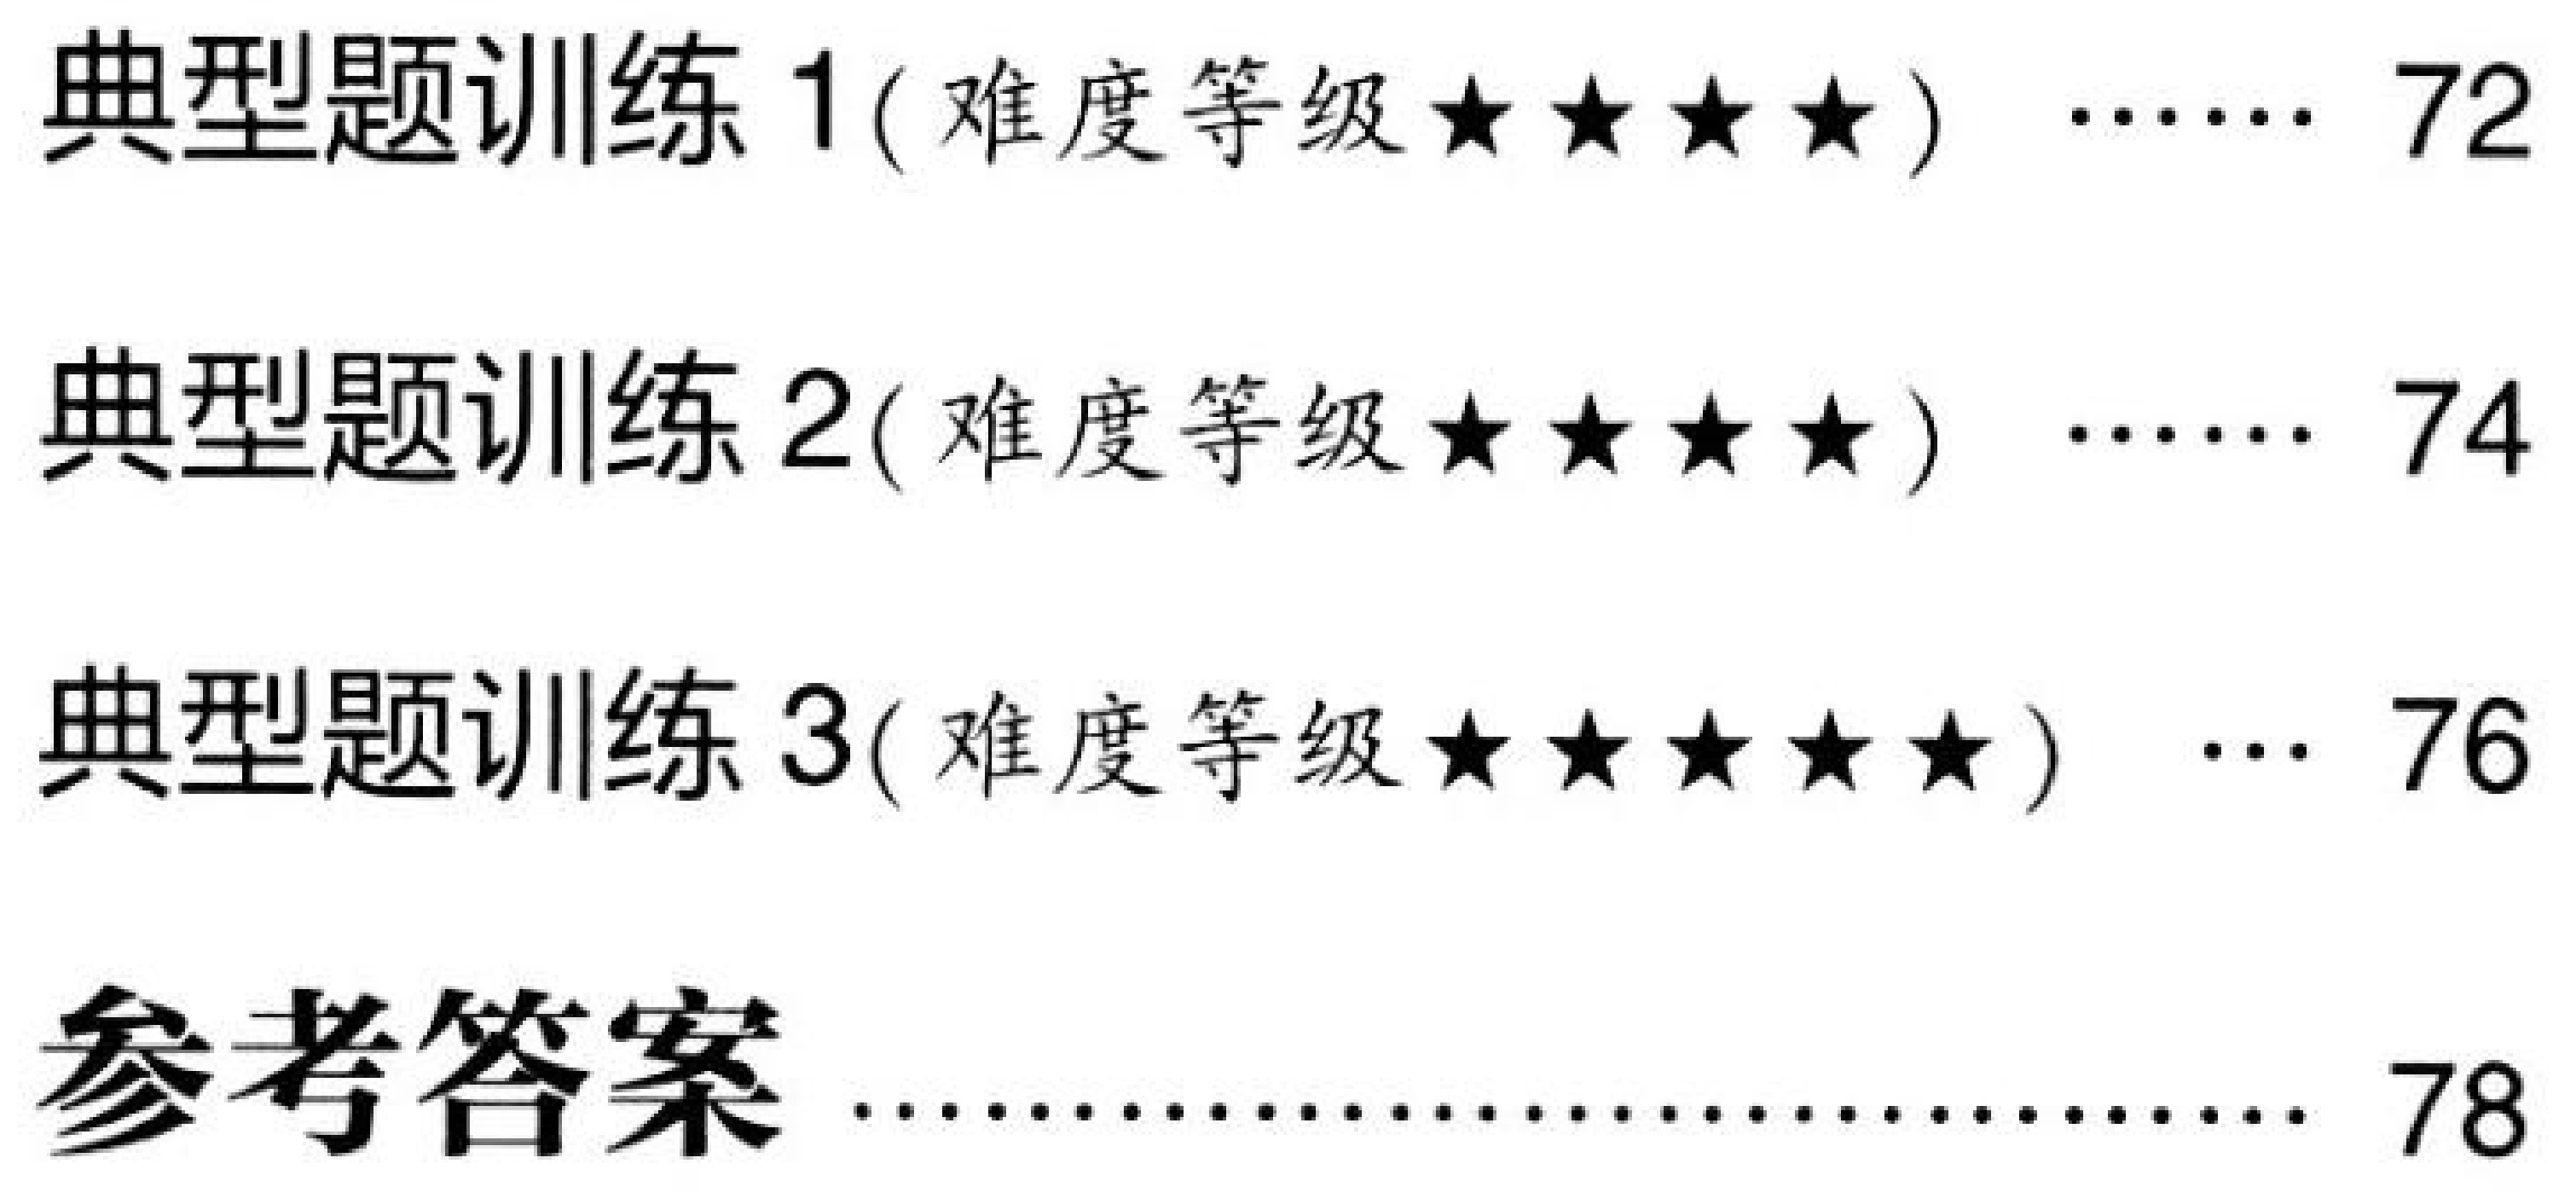
典型题训练 1( 难度等级★★★★)  \ \ \cdots\cdots 72
典型题训练 2( 难度等级★★★★)  \ \ \cdots\cdots 74
典型题训练 3( 难度等级★★★★★)  \ \ \cdots 76
参考答案  \ \ \cdots\cdots\cdots\cdots\cdots\cdots\cdots\cdots\cdots\cdots\cdots\cdots 78